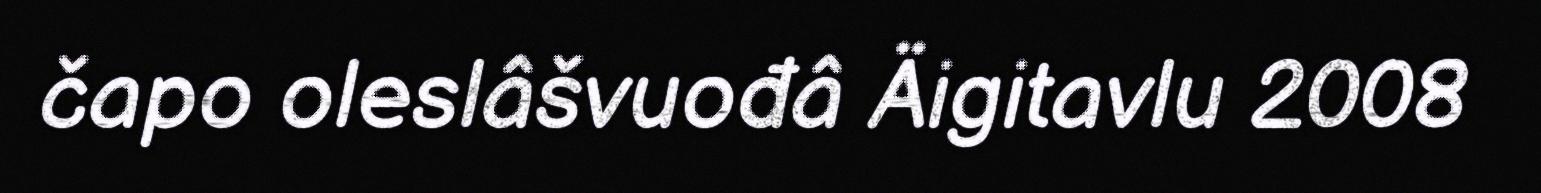
čapo oleslâšvuođâ Äigitavlu 2008